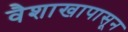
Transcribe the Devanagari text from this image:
वैशाखापासून